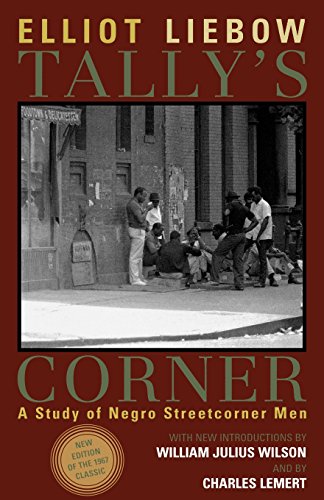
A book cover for Tally's Corner: A Study of Negro Streetcorner Men (Legacies of Social Thought Series); Elliott Liebow; Politics & Social Sciences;